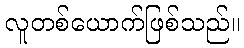
လူတစ်ယောက်ဖြစ်သည်။